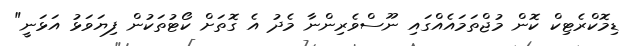
ޑިމޮކްރެޓިކް ކޮން މުޖްތަމައެއްގައި ނޫސްވެރިންނާ މެދު އެ ގޮތަށް ކޯޓުތަކުން ފިޔަވަޅު އަޅަނީ"